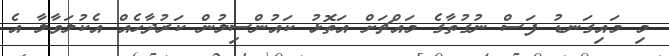
މި މައިގަނޑު ފަސް ނުގުތާގެ މައްޗަށް އަތޮޅު ކައުންސިލުން ކަރުދާހެއް އެކުލަވާލާ އެ